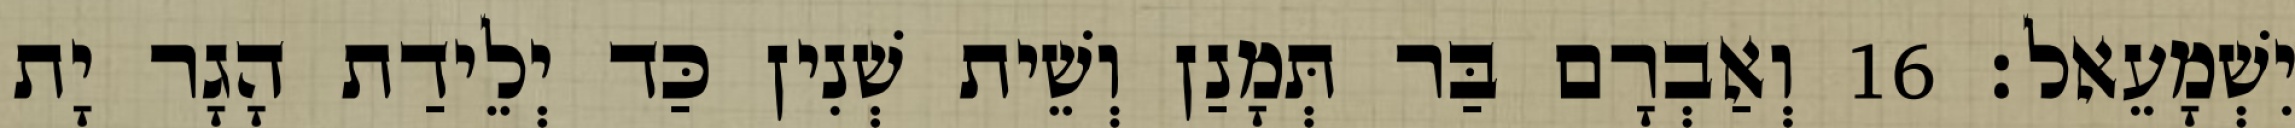
יִשְׁמָעֵאל׃ 16 וְאַבְרָם בַּר תְּמָנַן וְשֵׁית שְׁנִין כַּד יְלֵידַת הָגָר יָת